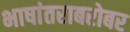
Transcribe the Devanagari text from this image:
भाषांतराबरोबर